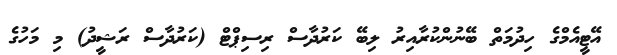
އޭޓީއެމްގެ ހިދުމަތް ބޭނުންކުރާއިރު ލިބޭ ކަރުދާސް ރިސިޕްޓް (ކަރުދާސް ރަޝީދު) މި މަހުގެ